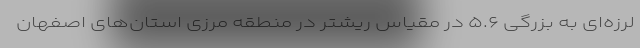
‌لرزه‌ای به بزرگی ۵.۶ در مقیاس ریشتر در منطقه مرزی استان‌های اصفهان